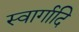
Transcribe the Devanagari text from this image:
स्वार्गादि